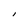
Character: l